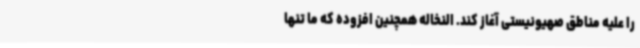
را علیه مناطق صهیونیستی آغاز کند. النخاله همچنین افزوده که ما تنها